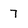
Character: 7